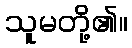
သူမတို့၏။